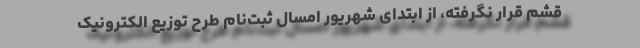
قشم قرار نگرفته، از ابتدای شهریور امسال ثبت‌نام طرح توزیع الکترونیک